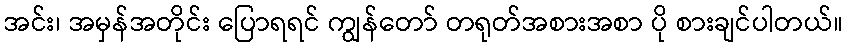
အင်း၊ အမှန်အတိုင်း ပြောရရင် ကျွန်တော် တရုတ်အစားအစာ ပို စားချင်ပါတယ်။